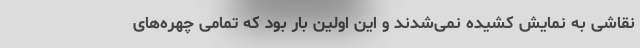
نقاشی به نمایش کشیده نمی‌شدند و این اولین بار بود که تمامی چهره‌های